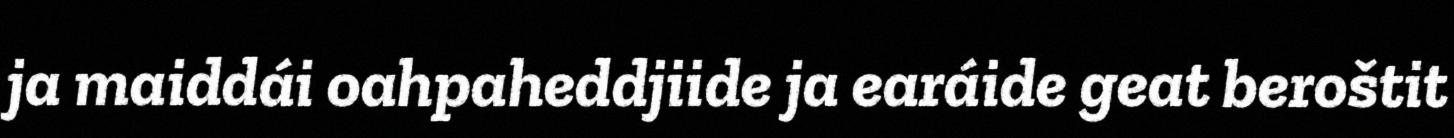
ja maiddái oahpaheddjiide ja earáide geat beroštit